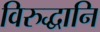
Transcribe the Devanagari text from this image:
विरुद्धानि